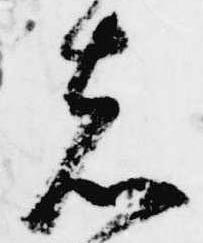
者